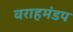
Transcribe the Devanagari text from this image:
वराहमंडप